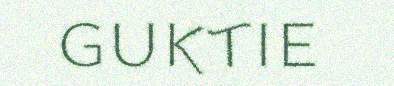
guktie